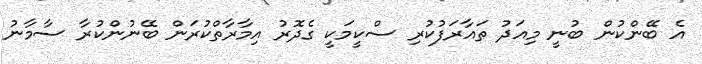
އެ ބޭންކުން ބުނީ މިއަދު ތައާރަފުކުރި ސްކީމަކީ ގެދޮރު އިމާރާތްކުރަން ބޭނުންކުރާ ސާމާނު